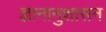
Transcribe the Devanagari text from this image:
ज्ञानानुशासन